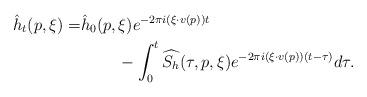
LaTeX: \begin{align*}\hat{h}_t(p,\xi) = & \hat{h}_0(p,\xi)e^{-2\pi i \left(\xi \cdot v(p)\right)t}\\ & \;\;\;\;\;\;\;\;- \int_0^t \widehat{S_h}(\tau,p, \xi )e^{-2\pi i \left(\xi \cdot v(p)\right)(t-\tau)}d\tau.\end{align*}